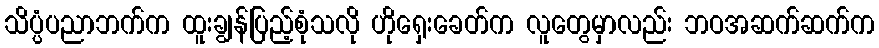
သိပ္ပံပညာဘက်က ထူးချွန်ပြည့်စုံသလို ဟိုရှေးခေတ်က လူတွေမှာလည်း ဘဝအဆက်ဆက်က